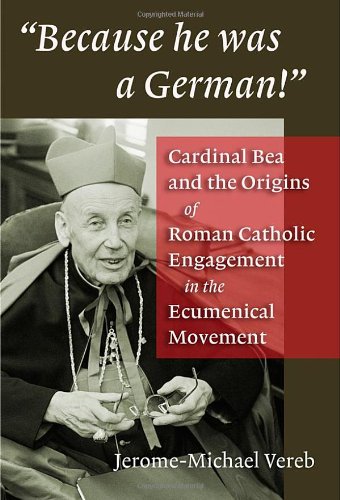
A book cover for Because He Was a German!: Cardinal Bea and the Origins of Roman Catholic Engagement in the Ecumenical Movement; Jerome-Michael Vereb; Christian Books & Bibles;